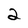
Character: 2